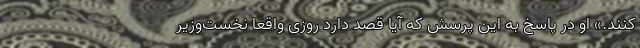
کنند.» او در پاسخ به این پرسش که آیا قصد دارد روزی واقعا نخست‌وزیر